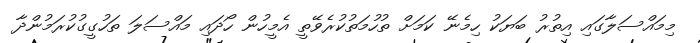
މިމައްސަލާގައި އިތުރު ބަޔަކު ހިމެނޭ ކަމަށް ތުހުމަތުކުރެވޭތީ އެމީހުން ހޯދައި މައްސަލަ ތަހުގީގުކުރަމުންދާ